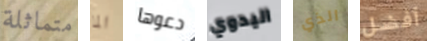
متماثلة الما دعوها اليدوي الذي أفضل